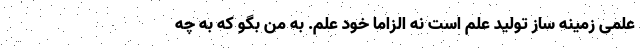
علمی زمینه ساز تولید علم است نه الزاما خود علم. به من بگو که به چه